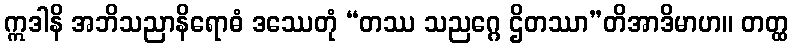
ဣဒါနိ အဘိသညာနိရောဓံ ဒဿေတုံ “တဿ သညဂ္ဂေ ဌိတဿာ”တိအာဒိမာဟ။ တတ္ထ